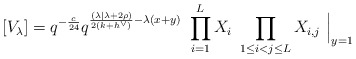
\begin{align*}[V_\lambda] = q^{-\frac{c}{24}} q^{\frac{(\lambda| \lambda + 2\rho) }{2(k+h^\vee)} -\lambda(x+y)}\ \prod_{i=1}^L X_i\ \prod_{1\leq i <j \leq L} X_{i,j} \ \Big\vert_{y=1}\end{align*}